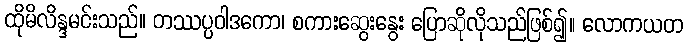
ထိုမိလိန္ဒမင်းသည်။ တဿပ္ပဝါဒကော၊ စကားဆွေးနွေး ပြောဆိုလိုသည်ဖြစ်၍။ လောကယတ